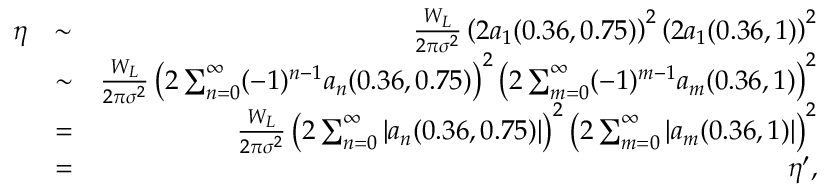
\begin{array} { r l r } { \eta } & { \sim } & { \frac { W _ { L } } { 2 \pi \sigma ^ { 2 } } \left( 2 a _ { 1 } ( 0 . 3 6 , 0 . 7 5 ) \right) ^ { 2 } \left( 2 a _ { 1 } ( 0 . 3 6 , 1 ) \right) ^ { 2 } } \\ & { \sim } & { \frac { W _ { L } } { 2 \pi \sigma ^ { 2 } } \left( 2 \sum _ { n = 0 } ^ { \infty } ( - 1 ) ^ { n - 1 } a _ { n } ( 0 . 3 6 , 0 . 7 5 ) \right) ^ { 2 } \left( 2 \sum _ { m = 0 } ^ { \infty } ( - 1 ) ^ { m - 1 } a _ { m } ( 0 . 3 6 , 1 ) \right) ^ { 2 } } \\ & { = } & { \frac { W _ { L } } { 2 \pi \sigma ^ { 2 } } \left( 2 \sum _ { n = 0 } ^ { \infty } \left| a _ { n } ( 0 . 3 6 , 0 . 7 5 ) \right| \right) ^ { 2 } \left( 2 \sum _ { m = 0 } ^ { \infty } \left| a _ { m } ( 0 . 3 6 , 1 ) \right| \right) ^ { 2 } } \\ & { = } & { \eta ^ { \prime } , } \end{array}